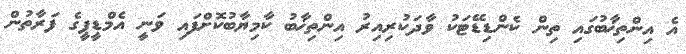
އެ އިންތިޚާބުގައި ތިން ކެންޑިޑޭޓަކު ވާދަކުރިއިރު އިންތިޚާބު ކާމިޔާބުކޮށްފައި ވަނީ އެމްޑީޕީގެ ފަރާތުން